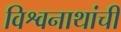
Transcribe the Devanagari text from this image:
विश्वनाथांची